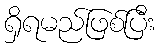
ရှိရမည်ဖြစ်ပြီး